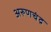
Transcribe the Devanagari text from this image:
अरुणचंद्र